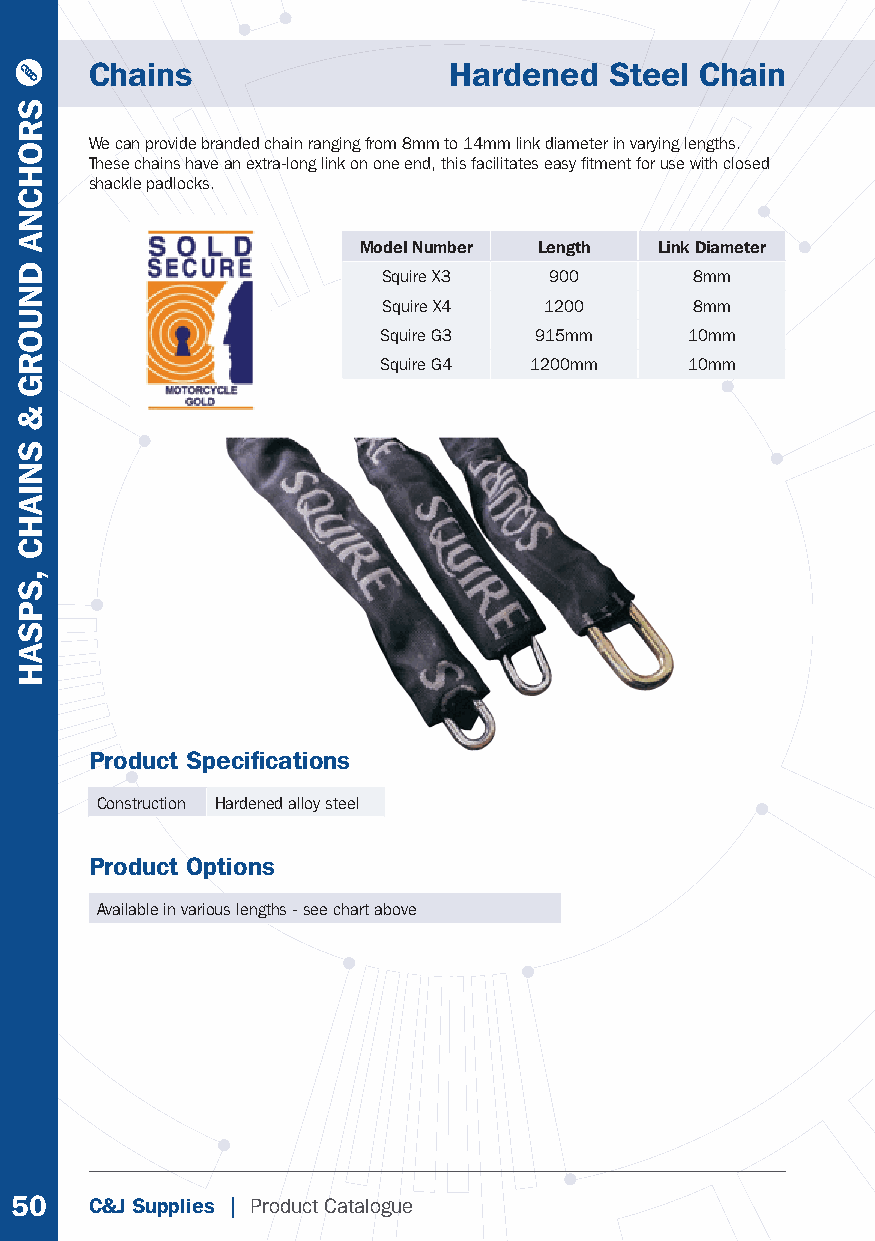
Chains                  Hardened  Steel Chain
 We can provide branded chain ranging from 8mm to 14mm link diameter in varying lengths.
 These chains have an extra-long link on one end, this facilitates easy fi tment for use with closed
 shackle padlocks.
 Model Number Length Link Diameter
 Squire X3  900       8mm
 Squire X4  1200      8mm
 Squire G3 915mm      10mm
 Squire G4 1200mm     10mm
 Product Specifi cations
 Construction Hardened alloy steel
 Product Options
 Available in various lengths - see chart above
 50   C&J Supplies | Product Catalogue
 SROHCNA
 DNUORG
 &
 SNIAHC
 ,SPSAH